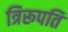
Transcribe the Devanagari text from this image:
त्रिरूपति